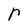
Character: r